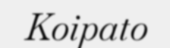
Koipato